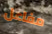
مفاعل